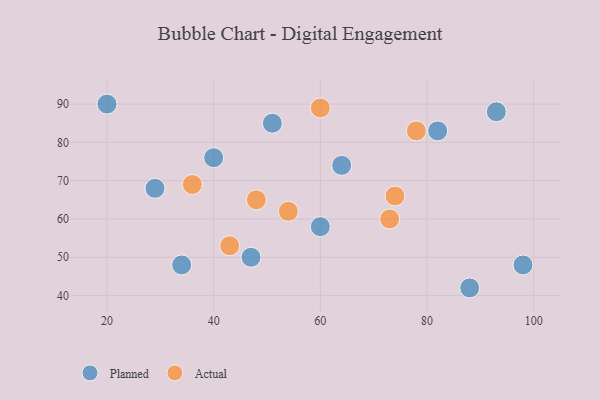
{"axis": {"x": "GDP", "y": "Life Expectancy"}, "legend": ["Actual", "Planned"], "data": [{"x": "29", "y": 68, "type": "Planned"}, {"x": "40", "y": 76, "type": "Planned"}, {"x": "20", "y": 90, "type": "Planned"}, {"x": "93", "y": 88, "type": "Planned"}, {"x": "82", "y": 83, "type": "Planned"}, {"x": "64", "y": 74, "type": "Planned"}, {"x": "88", "y": 42, "type": "Planned"}, {"x": "47", "y": 50, "type": "Planned"}, {"x": "98", "y": 48, "type": "Planned"}, {"x": "51", "y": 85, "type": "Planned"}, {"x": "60", "y": 58, "type": "Planned"}, {"x": "34", "y": 48, "type": "Planned"}, {"x": "36", "y": 69, "type": "Actual"}, {"x": "74", "y": 66, "type": "Actual"}, {"x": "78", "y": 83, "type": "Actual"}, {"x": "73", "y": 60, "type": "Actual"}, {"x": "43", "y": 53, "type": "Actual"}, {"x": "48", "y": 65, "type": "Actual"}, {"x": "54", "y": 62, "type": "Actual"}, {"x": "60", "y": 89, "type": "Actual"}]}